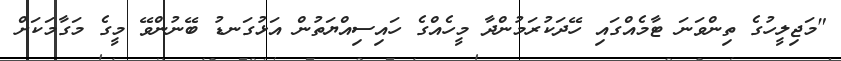
"މަޖިލީހުގެ ތިންވަނަ ޓާމެއްގައި ހޭދަކުރަމުންދާ މީހެއްގެ ހައިސިއްޔަތުން އަޅުގަނޑު ބޭނުންވޭ މީގެ މަގާމަކަށް